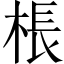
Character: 棖